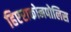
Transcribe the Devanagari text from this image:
हिएराकोनपोलिस